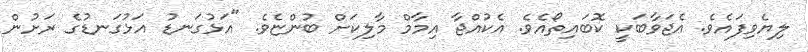
ލިޔެވިފައެވެ. އެޖަވާބަކީ ކޮބައިތޯއެވެ. އެކުއްޖާ އިމާމް މާލިކަށް ބުންޏެވެ. "އަޅުގަނޑު އަޅުގަނޑުގެ ރަށުން